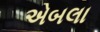
એબલા